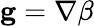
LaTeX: \mathbf g=\nabla\beta